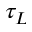
\tau _ { L }